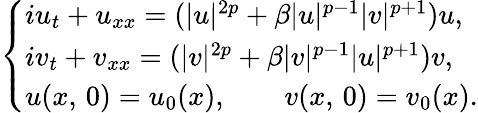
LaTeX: \begin{array}{r}{\left\lbrace\begin{array}{l}{iu_{t}+u_{xx}=(|u|^{2p}+\beta|u|^{p-1}|v|^{p+1})u,}\\ {iv_{t}+v_{xx}=(|v|^{2p}+\beta|v|^{p-1}|u|^{p+1})v,}\\ {u(x,\, 0)=u_{0}(x),\qquad v(x,\, 0)=v_{0}(x).}\end{array}\right.}\end{array}